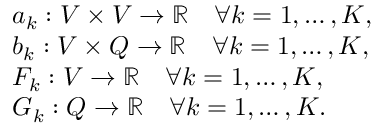
\begin{array} { r l } & { a _ { k } : V \times V \rightarrow \mathbb { R } \quad \forall k = 1 , \dots , K , } \\ & { b _ { k } : V \times Q \rightarrow \mathbb { R } \quad \forall k = 1 , \dots , K , } \\ & { F _ { k } : V \rightarrow \mathbb { R } \quad \forall k = 1 , \dots , K , } \\ & { G _ { k } : Q \rightarrow \mathbb { R } \quad \forall k = 1 , \dots , K . } \end{array}